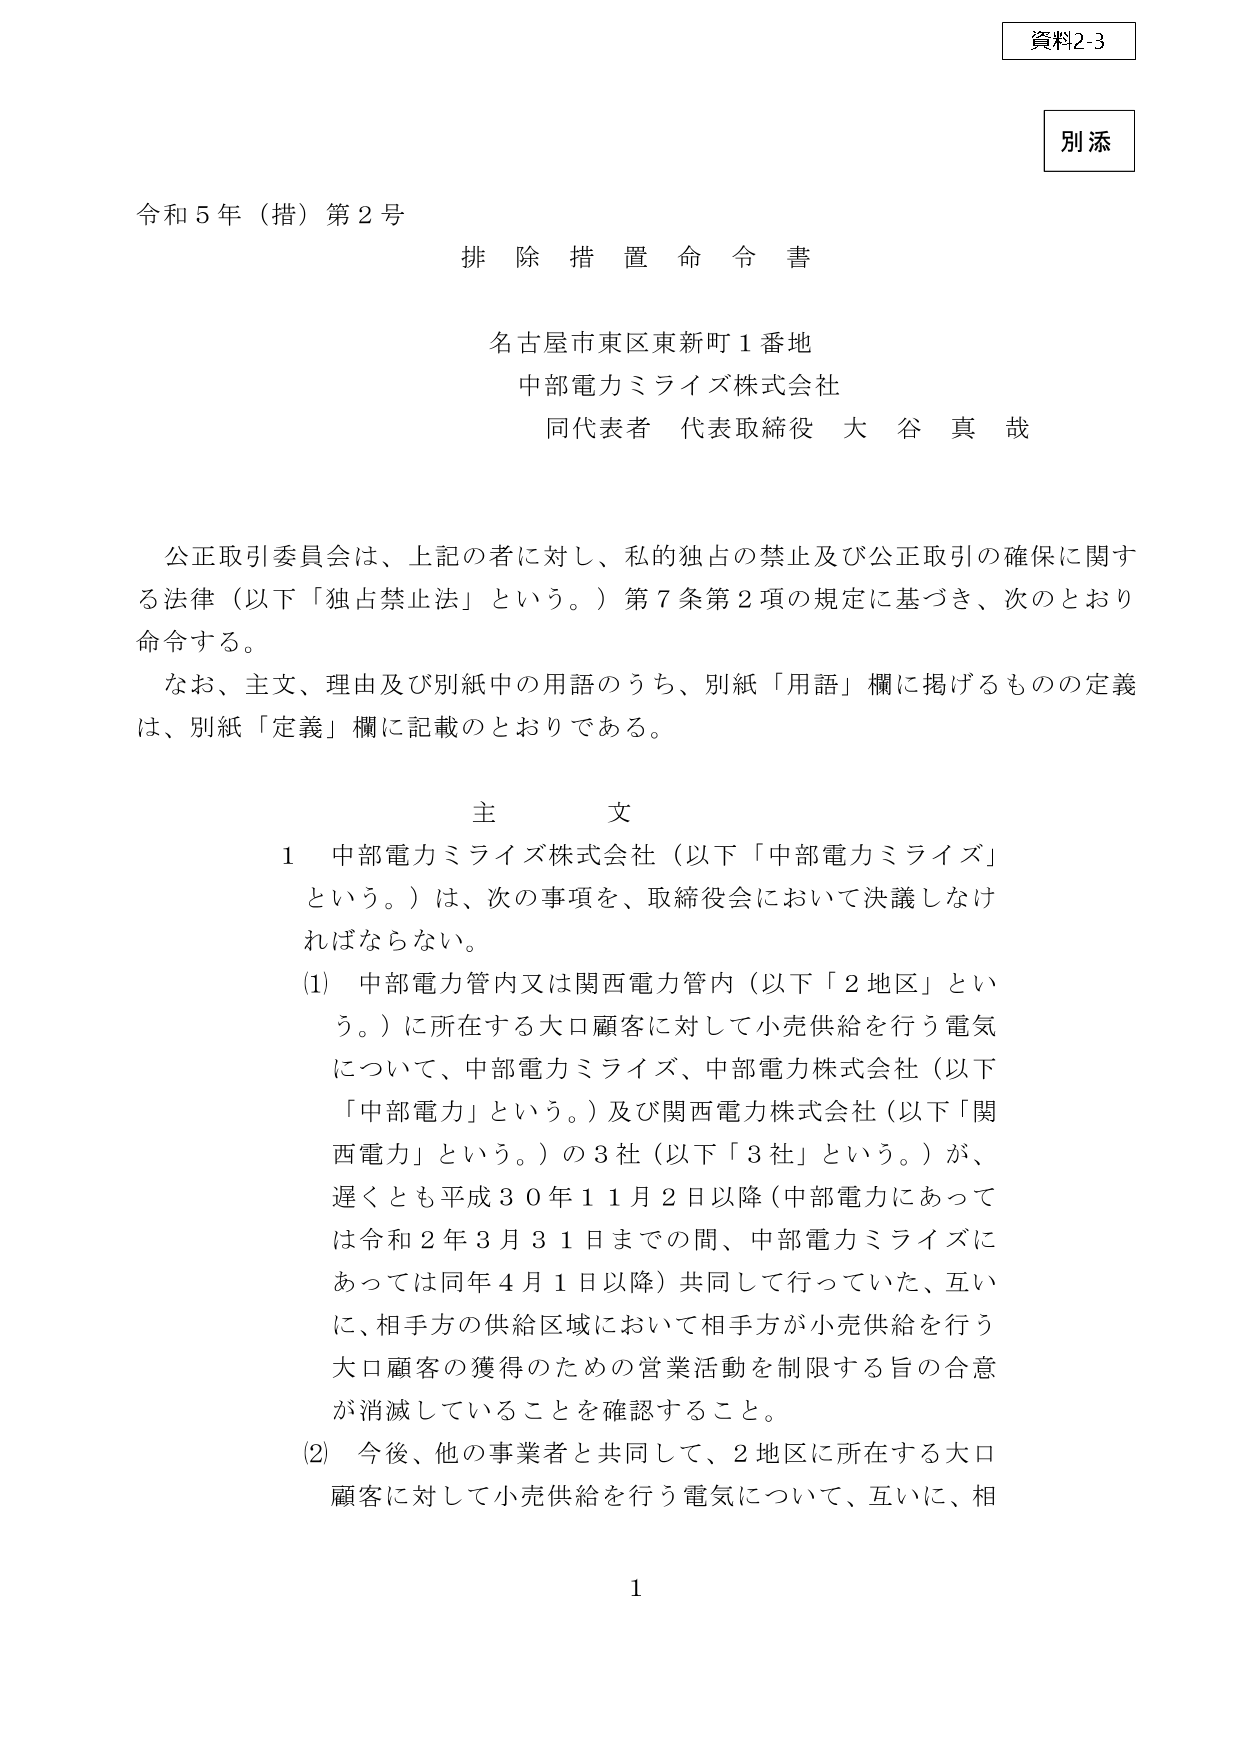
資料2-3
別添

令和５年（措）第２号
排除措置命令書

名古屋市東区東新町１番地
中部電力ミライズ株式会社
同代表者 代表取締役 大谷真哉

公正取引委員会は、上記の者に対し、私的独占の禁止及び公正取引の確保に関する法律（以下「独占禁止法」という。）第７条第２項の規定に基づき、次のとおり命令する。
なお、主文、理由及び別紙中の用語のうち、別紙「用語」欄に掲げるものの定義は、別紙「定義」欄に記載のとおりである。

主文
１ 中部電力ミライズ株式会社（以下「中部電力ミライズ」という。）は、次の事項を、取締役会において決議しなければならない。
(1) 中部電力管内又は関西電力管内（以下「２地区」という。）に所在する大口顧客に対して小売供給を行う電気について、中部電力ミライズ、中部電力株式会社（以下「中部電力」という。）及び関西電力株式会社（以下「関西電力」という。）の３社（以下「３社」という。）が、遅くとも平成３０年１１月２日以降（中部電力にあっては令和２年３月３１日までの間、中部電力ミライズにあっては同年４月１日以降）共同して行っていた、互いに、相手方の供給区域において相手方が小売供給を行う大口顧客の獲得のための営業活動を制限する旨の合意が消滅していることを確認すること。
(2) 今後、他の事業者と共同して、２地区に所在する大口顧客に対して小売供給を行う電気について、互いに、相

1